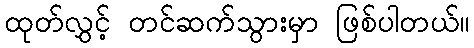
ထုတ်လွှင့် တင်ဆက်သွားမှာ ဖြစ်ပါတယ်။